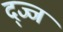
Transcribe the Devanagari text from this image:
द्ज्ज